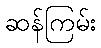
ဆန်ကြမ်း